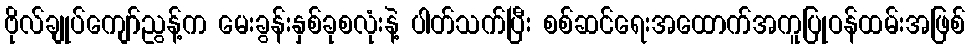
ဗိုလ်ချုပ်ကျော်ညွန့်က မေးခွန်းနှစ်ခုစလုံးနဲ့ ပါတ်သက်ပြီး စစ်ဆင်ရေးအထောက်အကူပြုဝန်ထမ်းအဖြစ်